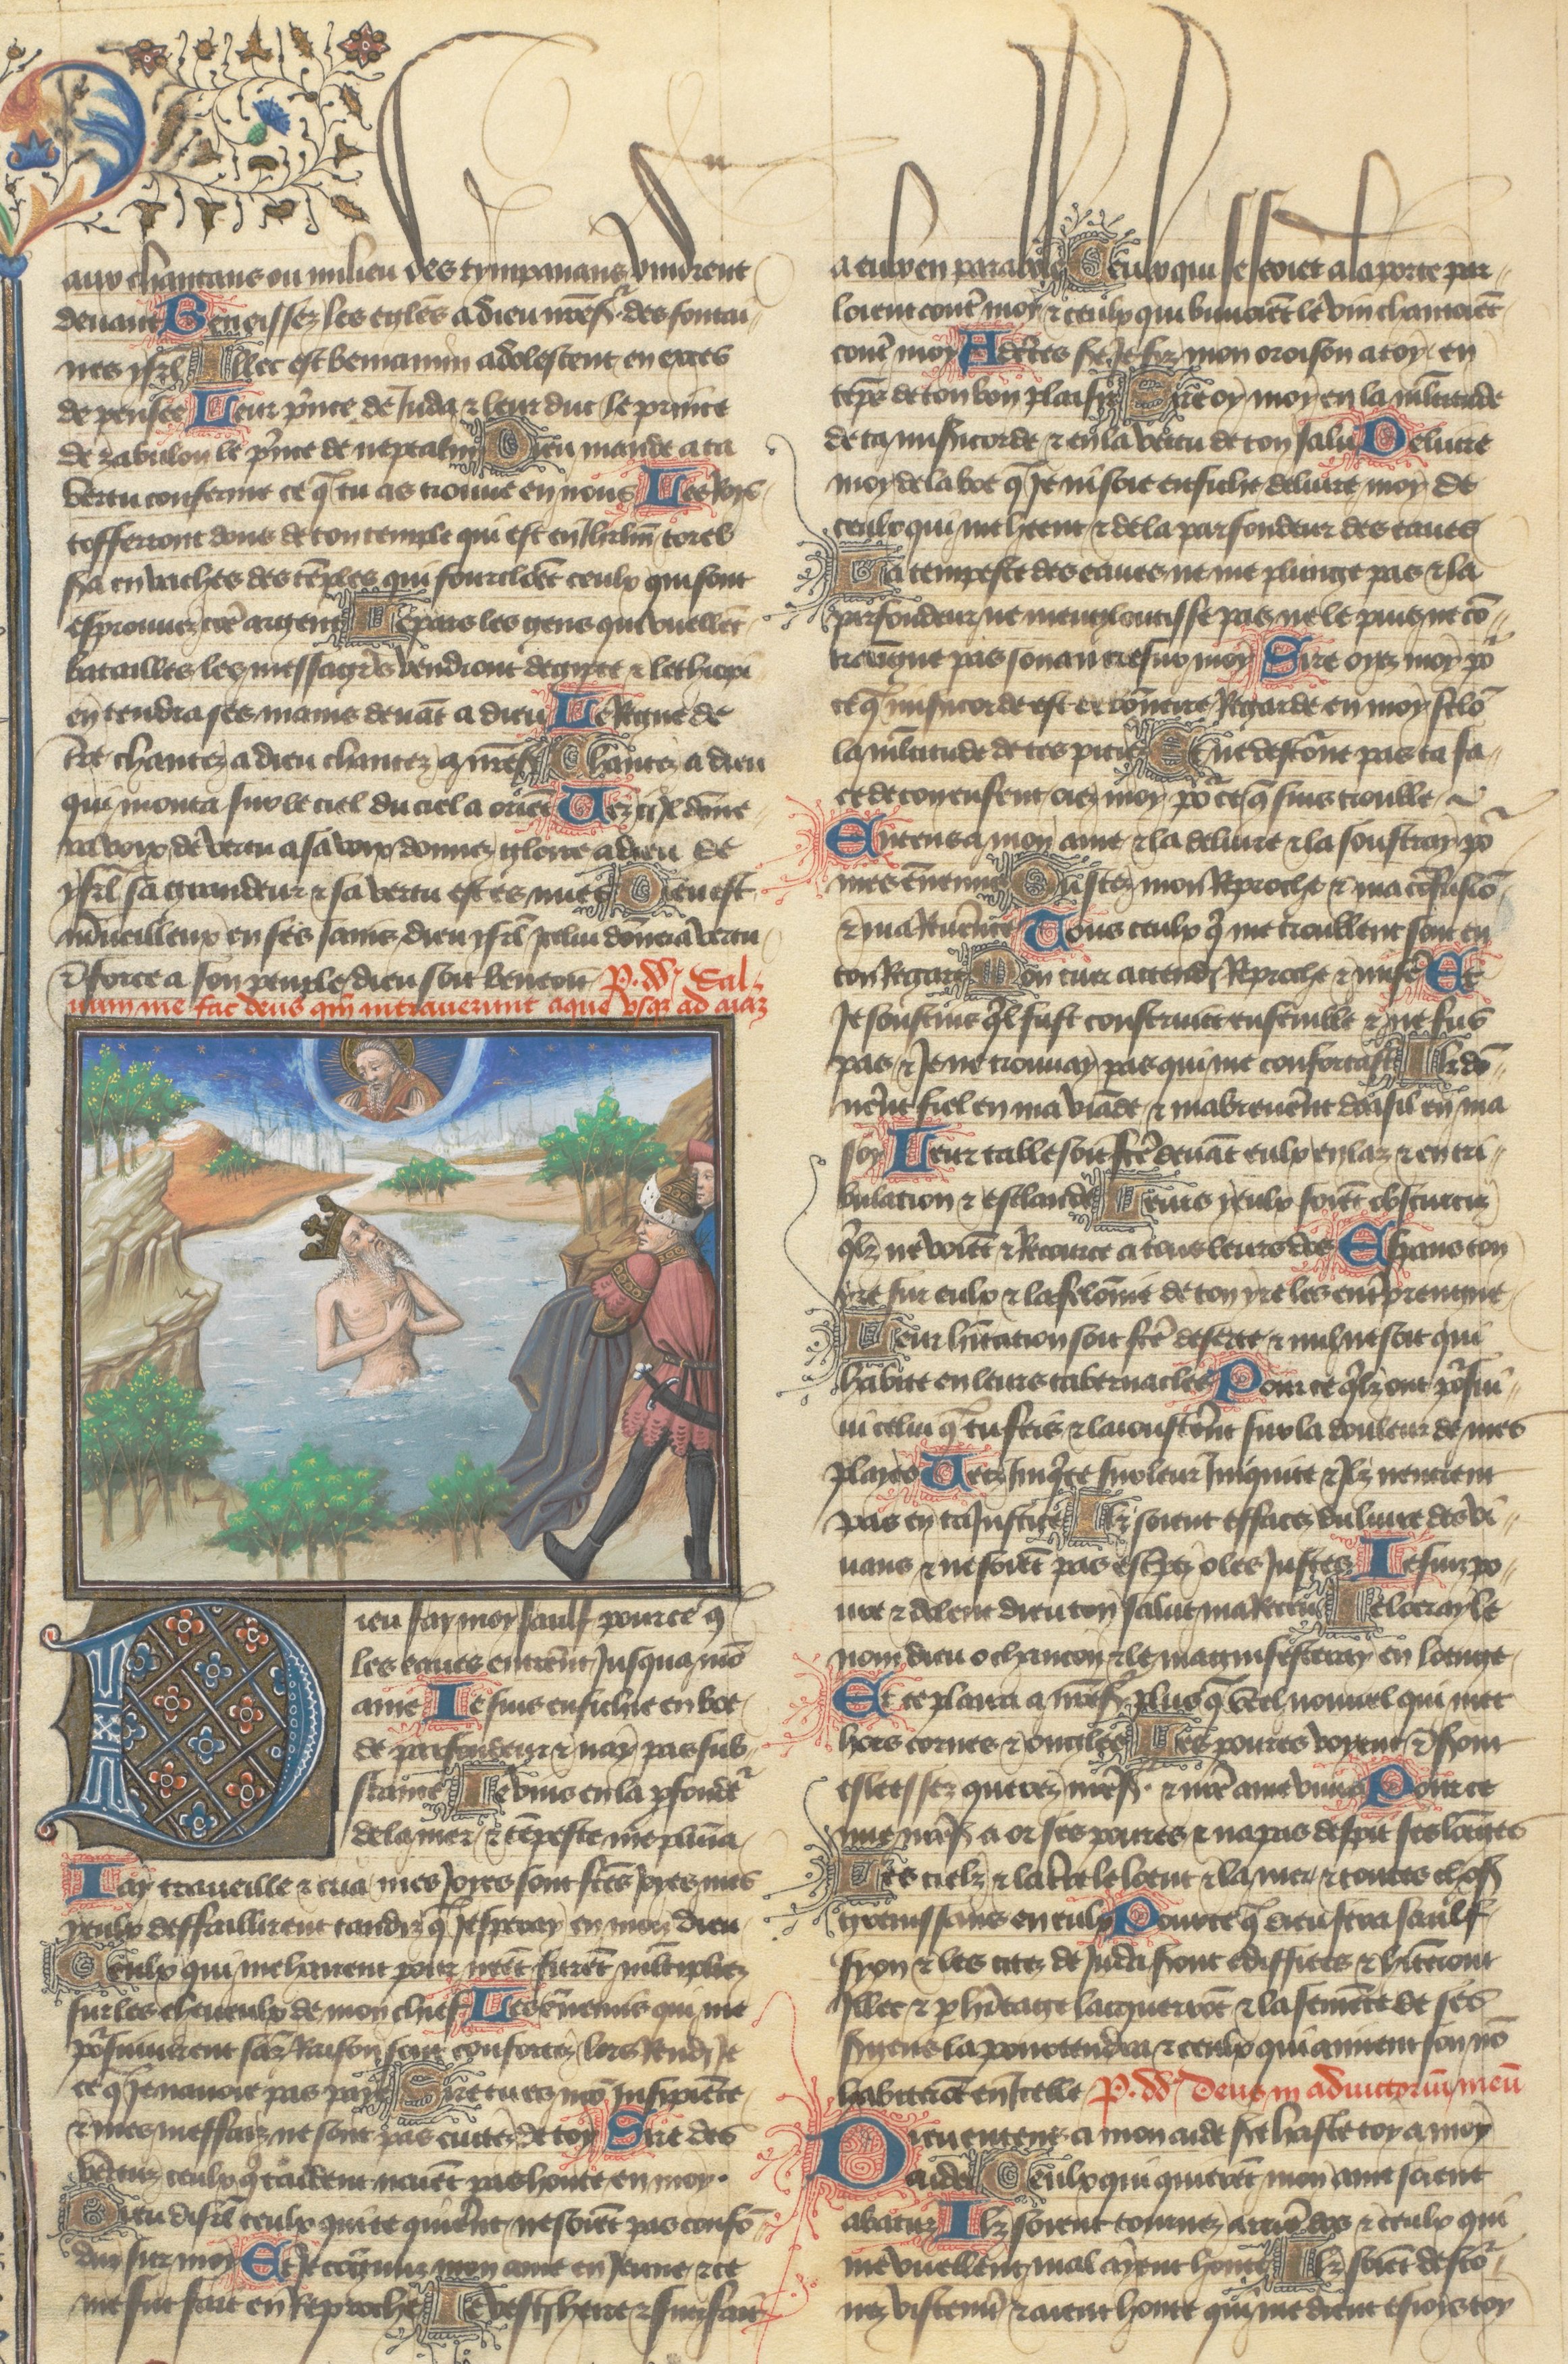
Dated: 1400–1450